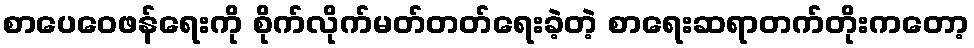
စာပေဝေဖန်ရေးကို စိုက်လိုက်မတ်တတ်ရေးခဲ့တဲ့ စာရေးဆရာတက်တိုးကတော့